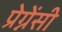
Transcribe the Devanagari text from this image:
प्रेग्नेंसी